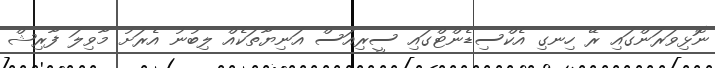
ނޮޅިވަރަންގައި ރޭ ހިނގި އެކްސިޑެންޓްގައި ސީރިއަސް އަނިޔާތަކެއް ލިބުނު އެރަށު މާވިލަ ފާރިޝް